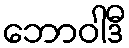
ဘောဝါဒီ